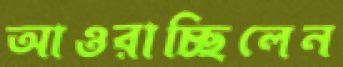
আওরাচ্ছিলেন